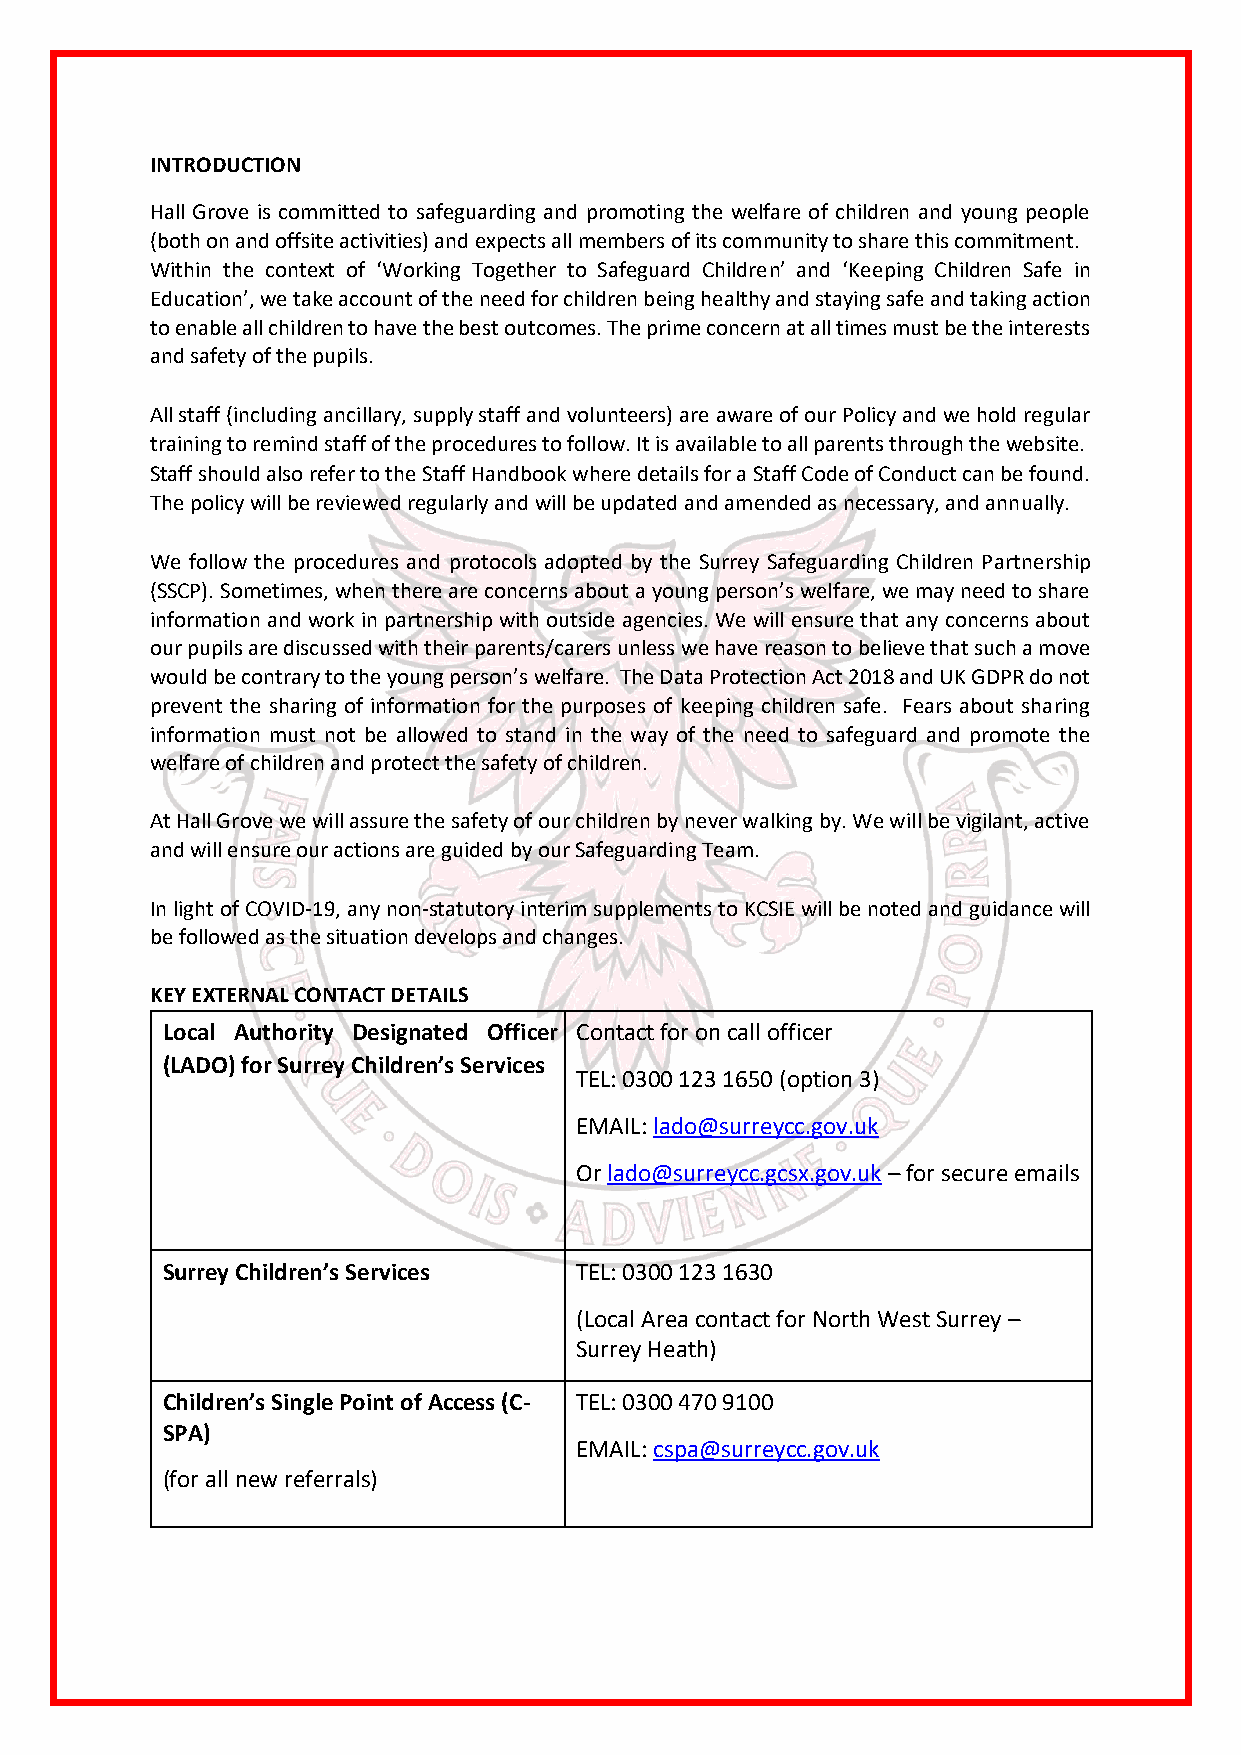
INTRODUCTION
 Hall Grove is committed to safeguarding and promoting the welfare of children and young people
 (both on and offsite activities) and expects all members of its community to share this commitment.
 Within the context of ‘Working Together to Safeguard Children’ and ‘Keeping Children Safe in
 Education’, we take account of the need for children being healthy and staying safe and taking action
 to enable all children to have the best outcomes. The prime concern at all times must be the interests
 and safety of the pupils.
 All staff (including ancillary, supply staff and volunteers) are aware of our Policy and we hold regular
 training to remind staff of the procedures to follow. It is available to all parents through the website.
 Staff should also refer to the Staff Handbook where details for a Staff Code of Conduct can be found.
 The policy will be reviewed regularly and will be updated and amended as necessary, and annually.
 We follow the procedures and protocols adopted by the Surrey Safeguarding Children Partnership
 (SSCP). Sometimes, when there are concerns about a young person’s welfare, we may need to share
 information and work in partnership with outside agencies. We will ensure that any concerns about
 our pupils are discussed with their parents/carers unless we have reason to believe that such a move
 would be contrary to the young person’s welfare. The Data Protection Act 2018 and UK GDPR do not
 prevent the sharing of information for the purposes of keeping children safe. Fears about sharing
 information must not be allowed to stand in the way of the need to safeguard and promote the
 welfare of children and protect the safety of children.
 At Hall Grove we will assure the safety of our children by never walking by. We will be vigilant, active
 and will ensure our actions are guided by our Safeguarding Team.
 In light of COVID-19, any non-statutory interim supplements to KCSIE will be noted and guidance will
 be followed as the situation develops and changes.
 KEY EXTERNAL CONTACT DETAILS
 Local Authority Designated Officer Contact for on call officer
 (LADO) for Surrey Children’s Services
 TEL: 0300 123 1650 (option 3)
 EMAIL: lado@surreycc.gov.uk
 Or lado@surreycc.gcsx.gov.uk – for secure emails
 Surrey Children’s Services TEL: 0300 123 1630
 (Local Area contact for North West Surrey –
 Surrey Heath)
 Children’s Single Point of Access (C- TEL: 0300 470 9100
 SPA)
 EMAIL: cspa@surreycc.gov.uk
 (for all new referrals)